Report on lock hospitals in British Burma
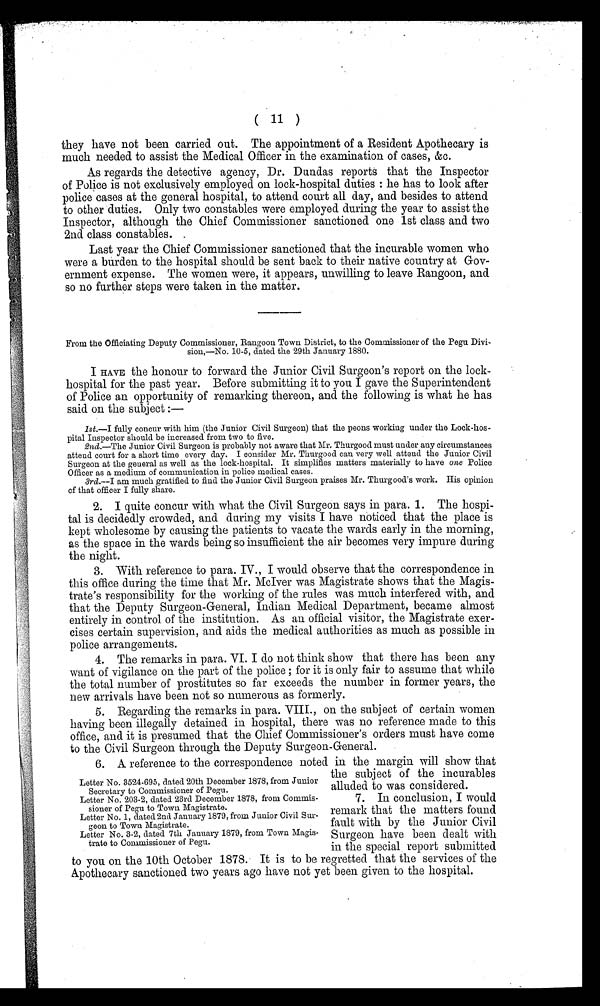
( 11 )
they have not been carried out. The appointment of a Resident Apothecary is
much needed to assist the Medical Officer in the examination of cases, &c.
As regards the detective agency, Dr. Dundas reports that the Inspector
of Police is not exclusively employed on lock-hospital duties : he has to look after
police cases at the general hospital, to attend court all day, and besides to attend
to other duties. Only two constables were employed during the year to assist the
Inspector, although the Chief Commissioner sanctioned one 1st class and two
2nd class constables. .
Last year the Chief Commissioner sanctioned that the incurable women who
were a burden to the hospital should be sent back to their native country at Gov-
ernment expense. The women were, it appears, unwilling to leave Rangoon, and
so no further steps were taken in the matter.
From the Officiating Deputy Commissioner, Rangoon Town District, to the Commissioner of the Pegu Divi
sion,—No. 10-5, dated the 29th January 1880.
I HAVE the honour to forward the Junior Civil Surgeon's report on the lock-
hospital for the past year. Before submitting it to you I gave the Superintendent
of Police an opportunity of remarking thereon, and the following is what he has
said on the subject :—
1st.—I fully concur with him (the Junior Civil Surgeon) that the peons working under the Lock-hos-
pital Inspector should be increased from two to five.
2nd.—The Junior Civil Surgeon is probably not aware that Mr. Thurgood must under any circumstances
attend court for a short time every day. I consider Mr. Thurgood can very well attend the Junior Civil
Surgeon at the general as well as the lock-hospital. It simplifies matters materially to have one Police
Officer as a medium of communication in police medical cases.
3rd.—I am much gratified to find the Junior Civil Surgeon praises Mr. Thurgood's work. His opinion
of that officer I fully share.
2. I quite concur with what the Civil Surgeon says in para. 1. The hospi-
tal is decidedly crowded, and during my visits I have noticed that the place is
kept wholesome by causing the patients to vacate the wards early in the morning,
as the space in the wards being so insufficient the air becomes very impure during
the night.
3. With reference to para. IV., I would observe that the correspondence in
this office during the time that Mr. McIver was Magistrate shows that the Magis-
trate's responsibility for the working of the rules was much interfered with, and
that the Deputy Surgeon-General, Indian Medical Department, became almost
entirely in control of the institution. As an official visitor, the Magistrate exer-
cises certain supervision, and aids the medical authorities as much as possible in
police arrangements.
4. The remarks in para. VI. I do not think show that there has been any
want of vigilance on the part of the police ; for it is only fair to assume that while
the total number of prostitutes so far exceeds the number in former years, the
new arrivals have been not so numerous as formerly.
5. Regarding the remarks in para. VIII., on the subject of certain women
having been illegally detained in hospital, there was no reference made to this
office, and it is presumed that the Chief Commissioner's orders must have come
to the Civil Surgeon through the Deputy Surgeon-General.
6. A reference to the correspondence noted in the margin will show that
the subject of the incurables
alluded to was considered.
7. In conclusion, I would
remark that the matters found
fault with by the Junior Civil
Surgeon have been dealt with
in the special report submitted
to you on the 10th October 1578. It is to be regretted that the services of the
Apothecary sanctioned two years ago have not yet been given to the hospital.
Letter No. 3524-695, dated 20th December 1878, from Junior
Secretary to Commissioner of Pegu.
Letter No. 203-2, dated 23rd December 1878, from Commis-
sioner of Pegu to Town Magistrate.
Letter No. 1, dated 2nd January 1879, from Junior Civil Sur-
geon to Town Magistrate.
Letter No. 3-2, dated 7th January 1879, from Town Magis-
trate to Commissioner of Pegu.